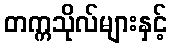
တက္ကသိုလ်များနှင့်